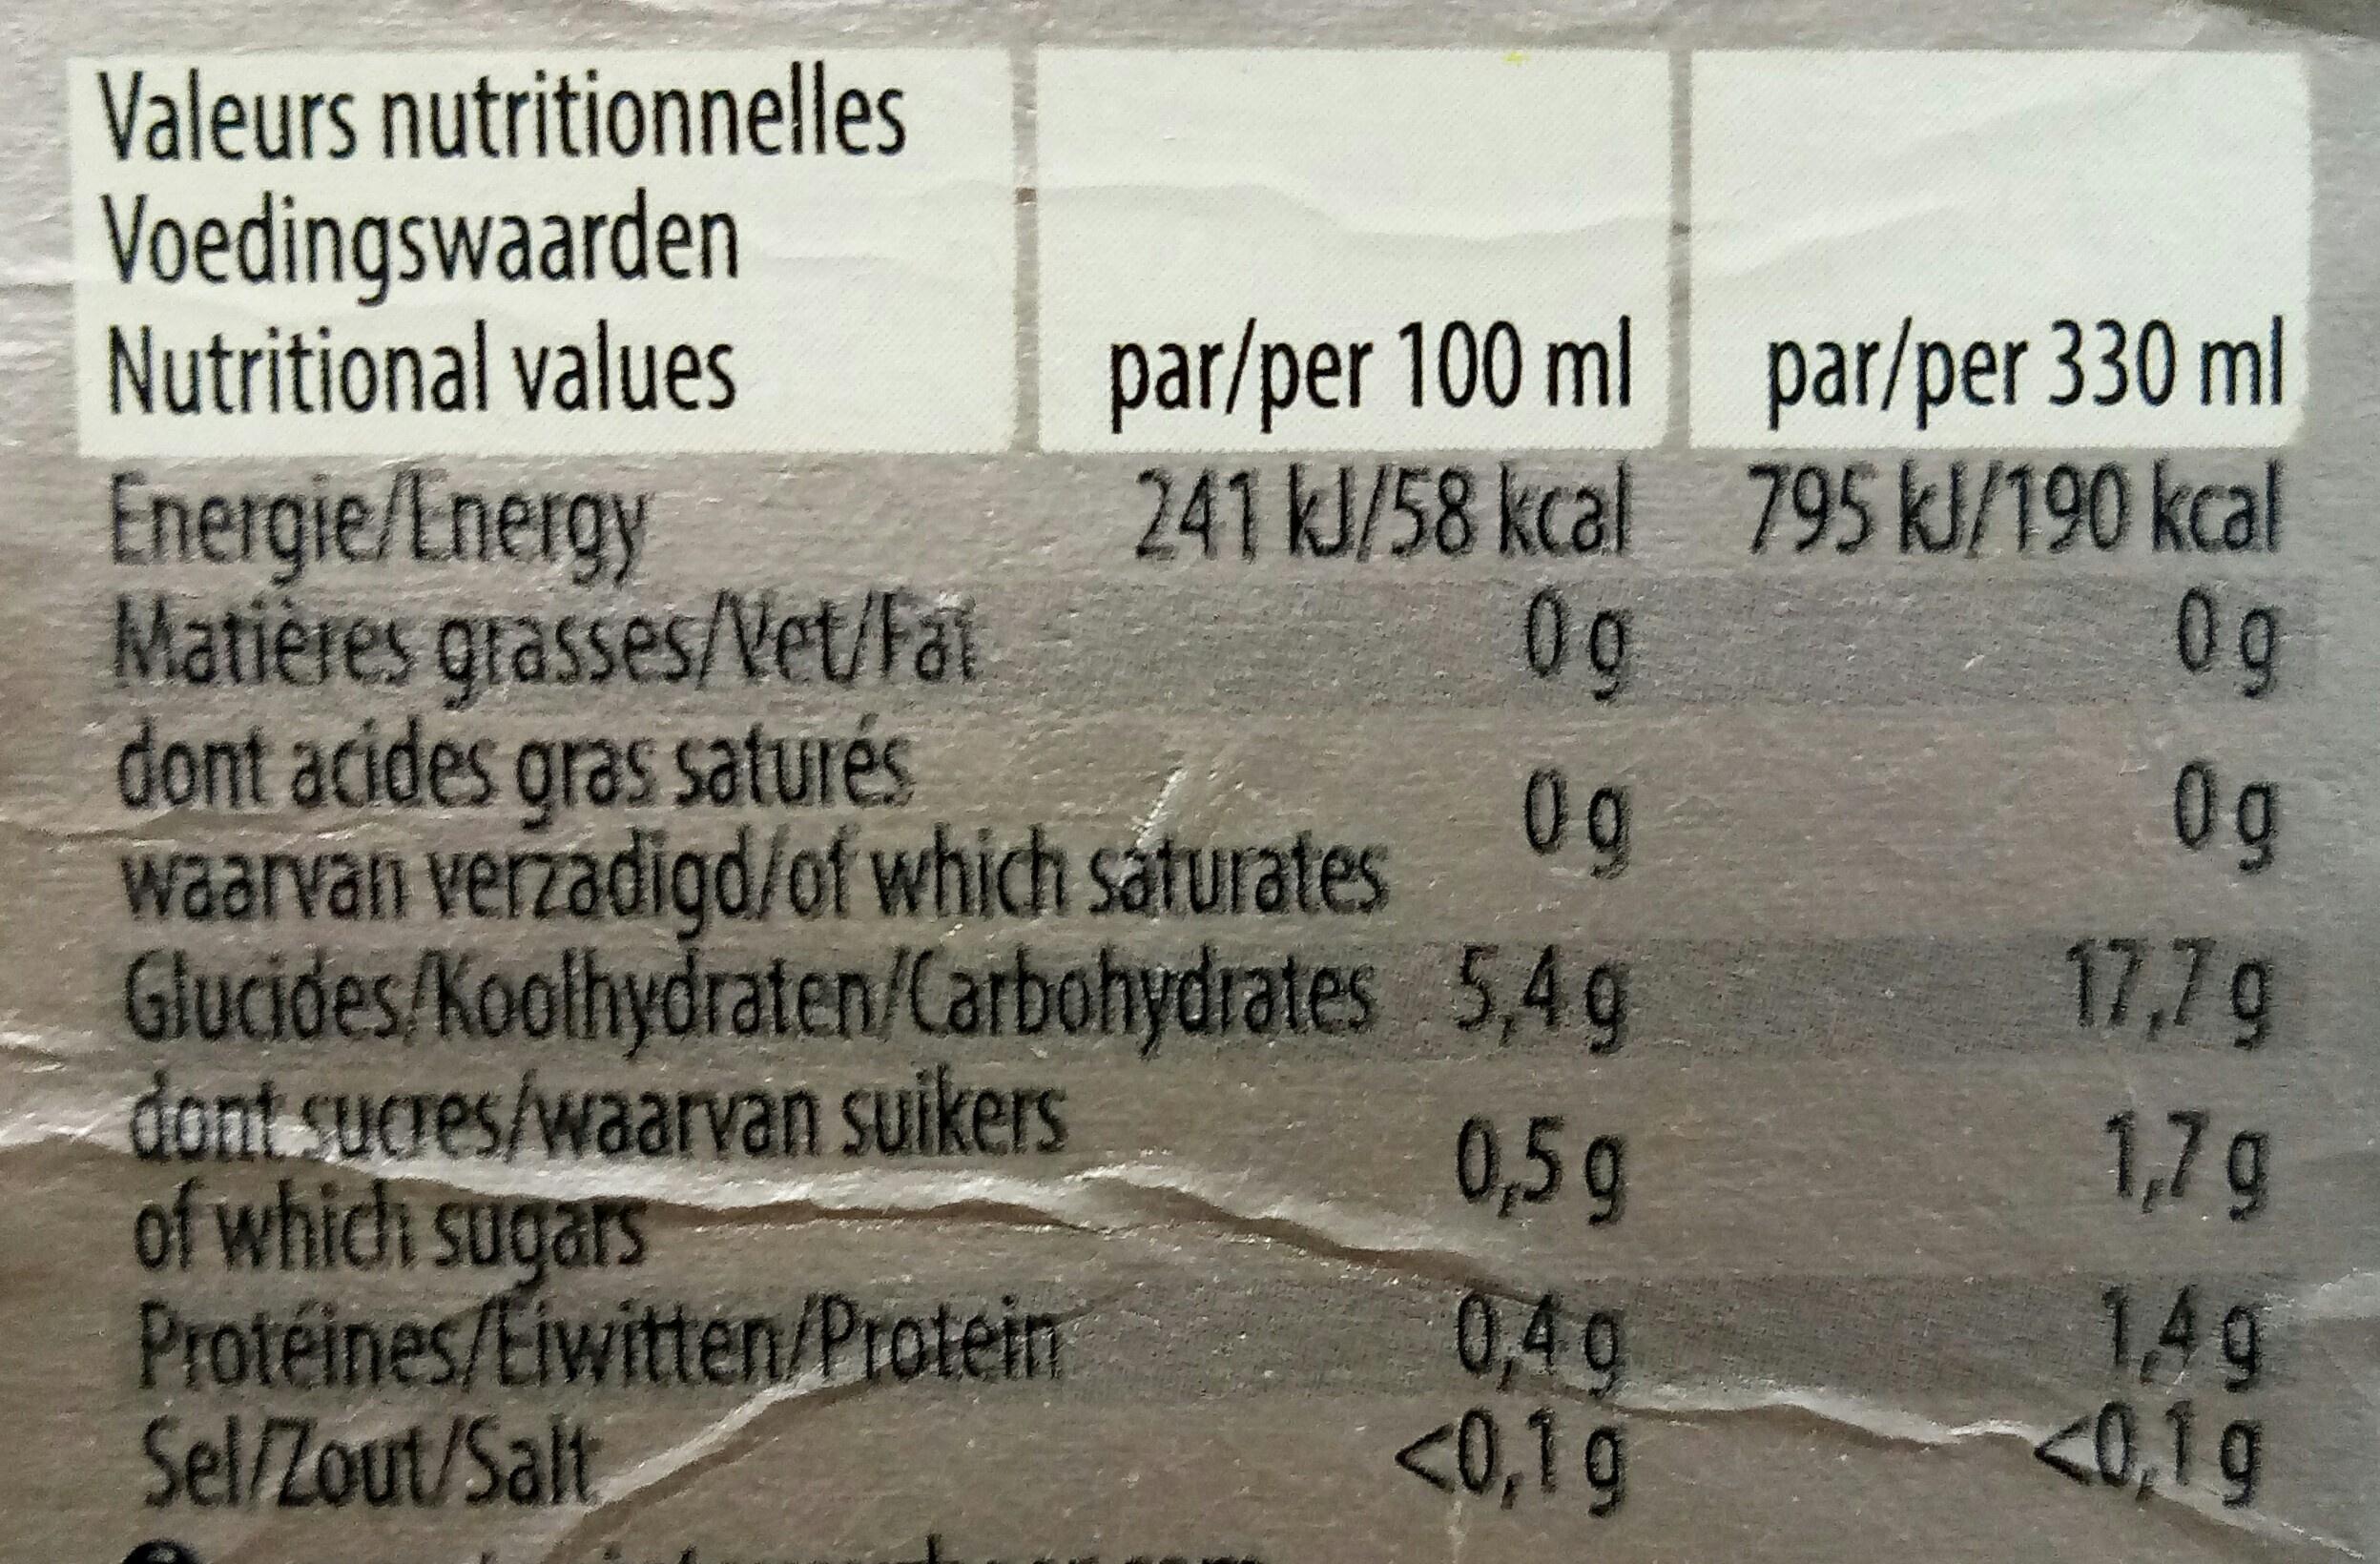
Valeurs nutritionnelles Voedingswaarden Nutritional values par/per 100 ml 241kl/58 kcal par/per 330 ml 795 kJ/190 kcal 0g Energie/Energy Matières grasses/Vet/Fat dont acides gras saturés waarvan verzadigd/of which saturates Glucides/Koolhydraten/Carbohydrates 5,4g dont sucres/waarvan suikers of which sugars Protéines/Eiwitten/Protein Sel/Zout/Salt 0g 0g 17,7g 1,7g 0,5g 0,40 <0,1g 14g <0,19